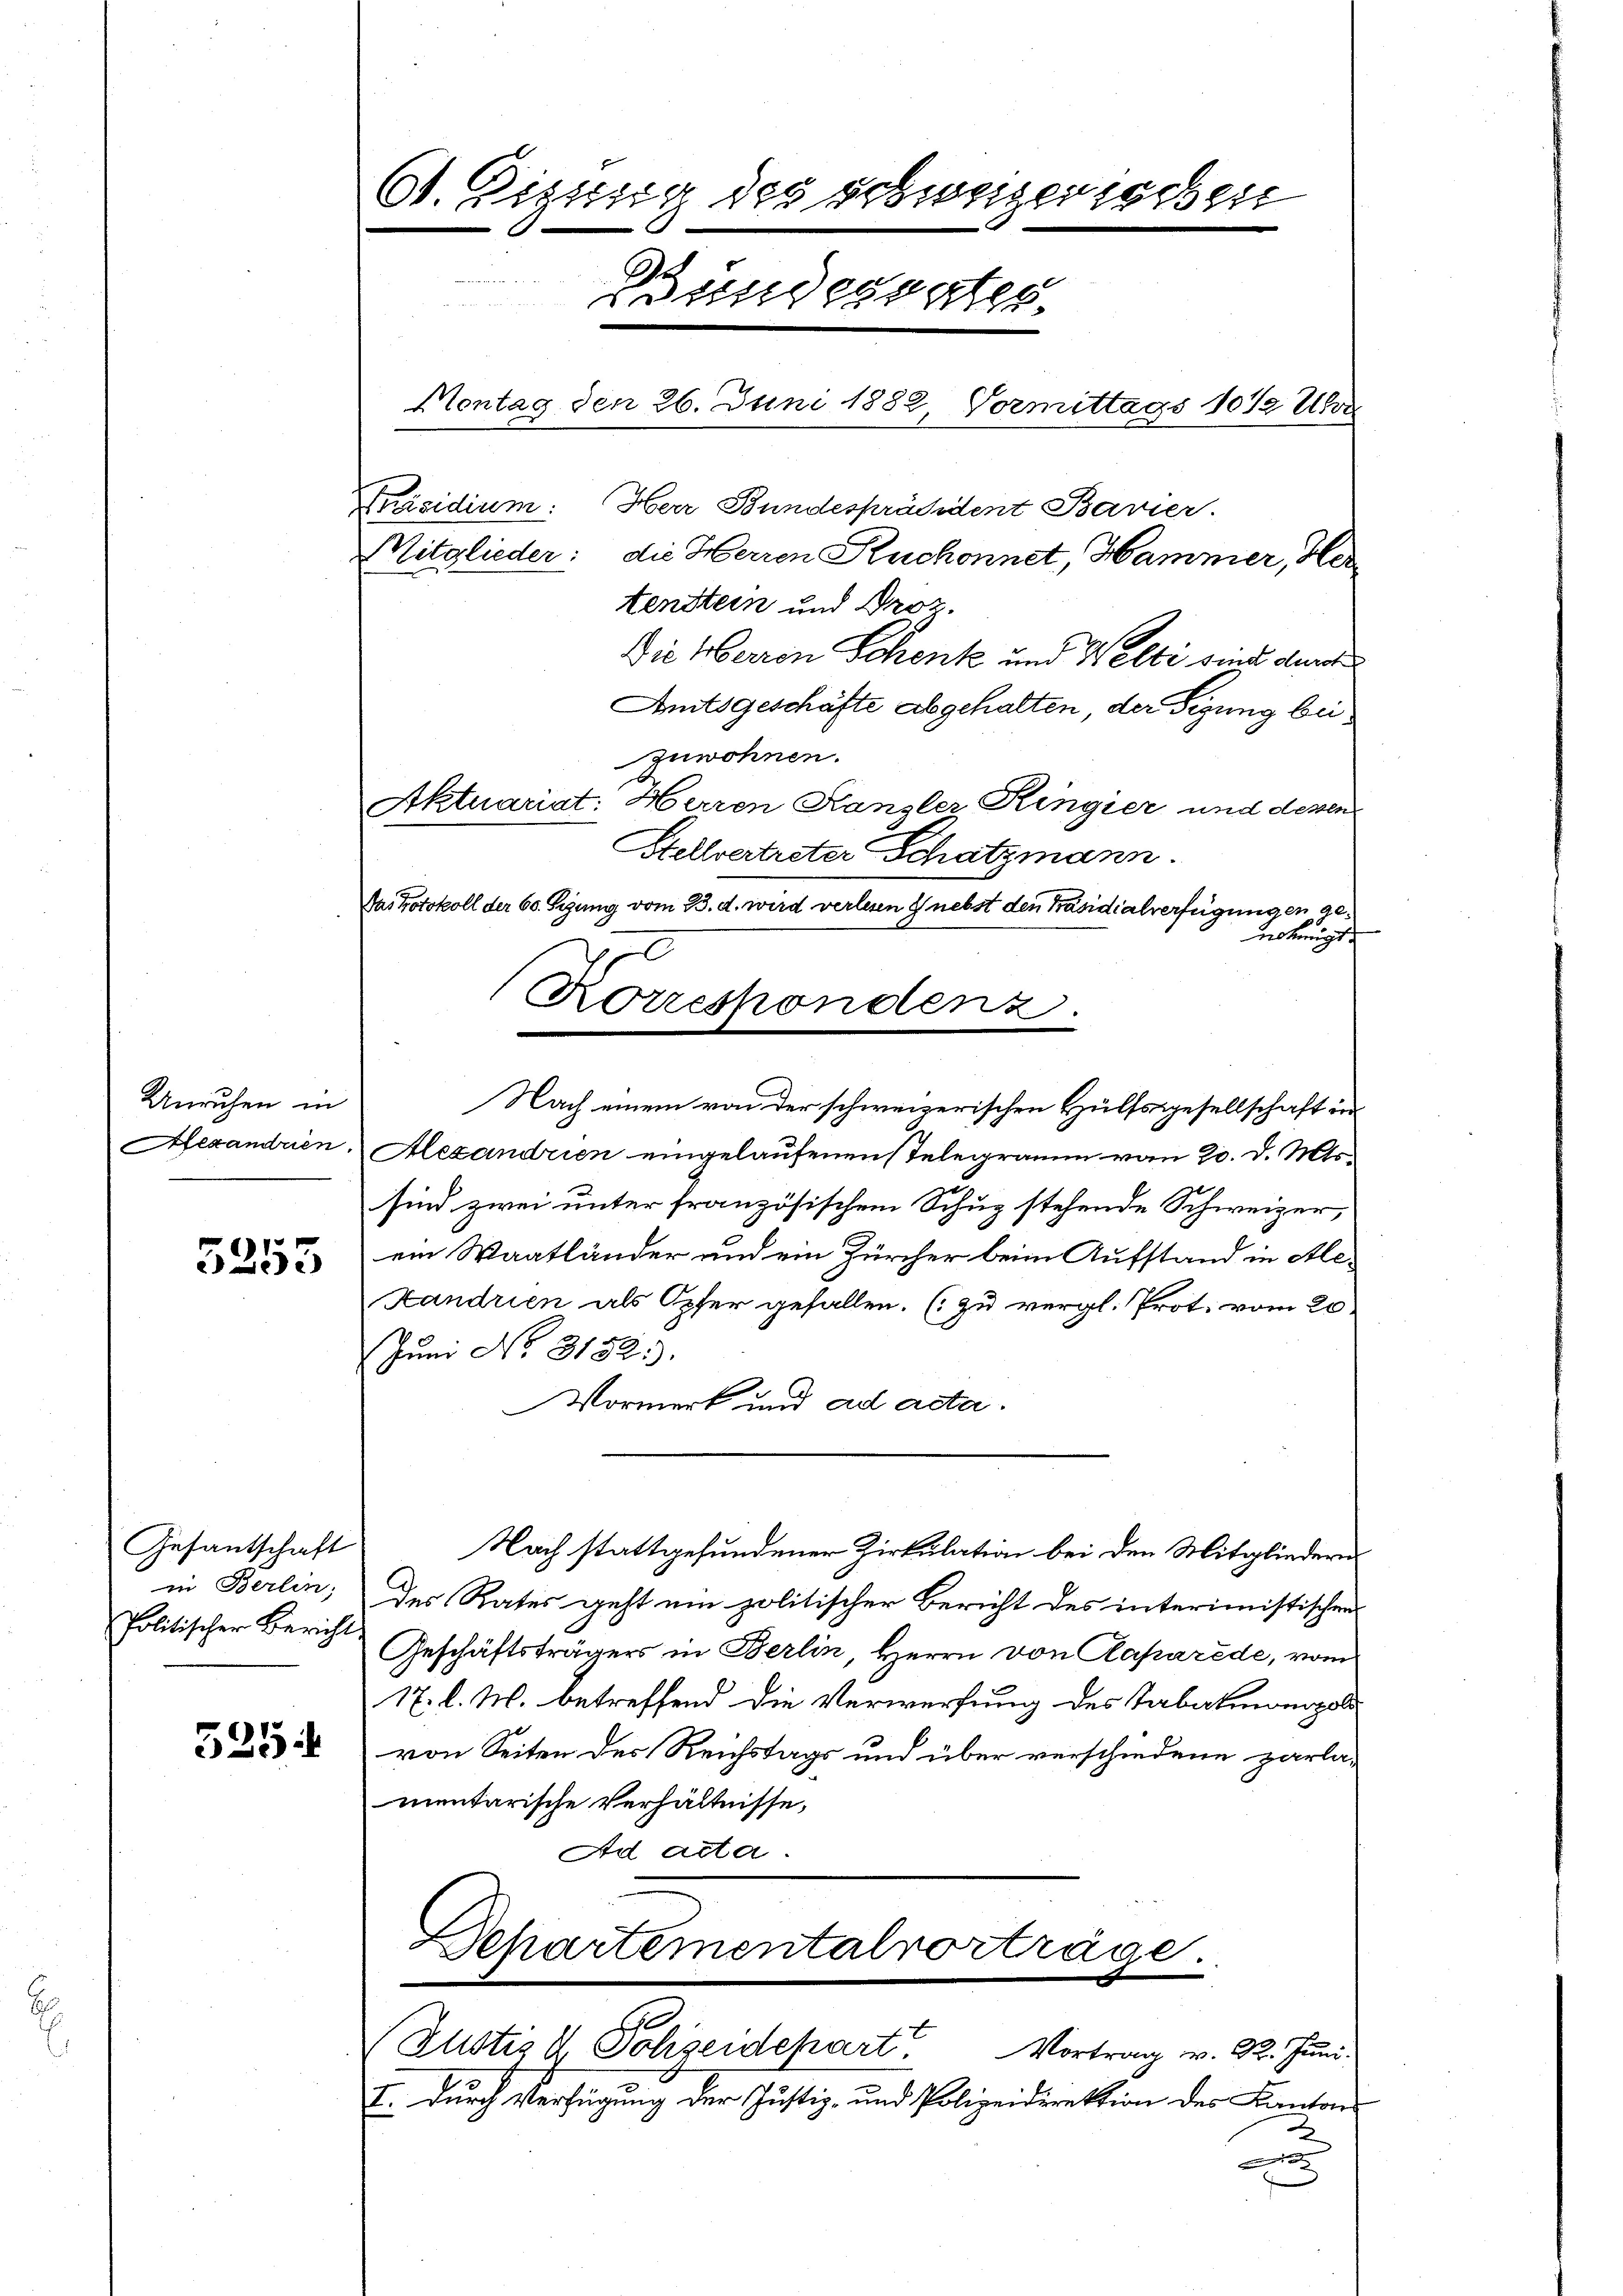
Unruhen in
Hexandrien.
.

5253

Gesantschaft
in Berlin,
Politischer Bericht

525:

61. Digung des schweizerischen
et
Bunderner
Hontag den 26. Juni 1882, Vormittags 10½ Uhr
Präsidium. Herr Bundespräcdent Bavier.
Mitglieder: die Herren Ruchonnet, Hammer, Hertenstein und Proz.
Die Herren Schenk und Welti sind durch

Amtsgeschäfte abgehalten der Sigung beizuwohnen.
Aktuariat: Herren Kanzler Ringier und dessen
Stellvertreter Schatzmann.
Alexandrien eingelaufenen Telegramm vom 20. d. Mts.
sind zwei unter französischem Schuz stehende Schweizer,
ein Waatländer und ein Zürcher beim Aufstand in Ale¬
Landrien als Opfer gefallen. (zu vergl. Prot. vom 20
Jum No. 31821.
Vormerk und ad acta.
Nach stattgefundener Zirkulation bei den Mitgliedern.
des Rates geht um politischer Bericht des interimistischens
Geschäftsträgers in Berlin, Herrn von Raparede, vom
17. l. M. betreffend die Verwerfung des Tabalmonopol
von Seiten des Reichstags und über verschiedene parla-
mentarische Verhältnisse,
Ad acta.

Das Protokoll der 60. Sigung vom 23. d. wird verlesen & nebst den Präsidialverfügungen genehmigt.
e
Korrespondenz
Nach einem von der schweizerischen Hülfsgesellschaft in

I. durch Verfügung der Justiz- und Polizeidirektion des Kantons
c

Schartementalvorträge.
(Justiz & Polizeidepart. Vortrag v. R. Juni-